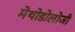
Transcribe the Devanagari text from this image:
मेथोडोलोजी